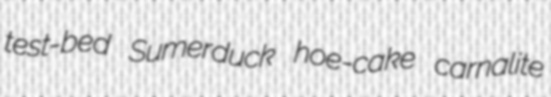
test-bed Sumerduck hoe-cake carnalite